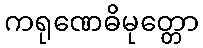
ကရုဏေဓိမုတ္တော